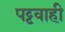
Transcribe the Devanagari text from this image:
पट्टवाही